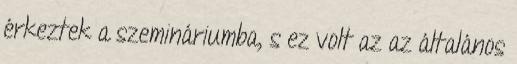
érkeztek a szemináriumba, s ez volt az az általános